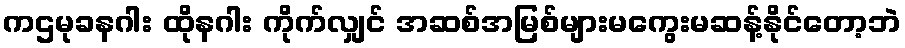
ကဌမုခနဂါး ထိုနဂါး ကိုက်လျှင် အဆစ်အမြစ်များမကွေးမဆန့်နိုင်တော့ဘဲ